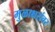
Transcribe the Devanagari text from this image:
मुळाक्षरांवर